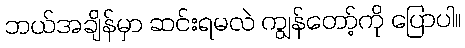
ဘယ်အချိန်မှာ ဆင်းရမလဲ ကျွန်တော့်ကို ပြောပါ။